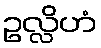
ဥလ္လိဟံ